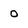
Character: o